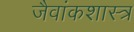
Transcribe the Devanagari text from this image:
जैवांकशास्त्र